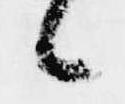
候